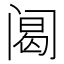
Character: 𰿴